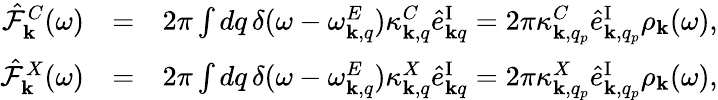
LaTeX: \begin{array}{rlr}{\hat{\mathcal{F}}_{{\mathbf k}}^{C}(\omega)}&{=}&{2\pi\int dq\, \delta(\omega-\omega_{{\mathbf k},q}^{E})\kappa_{{\mathbf k},q}^{C}\hat{e}_{{\mathbf k}q}^{\mathrm{I}}=2\pi\kappa_{{\mathbf k},q_{p}}^{C}\hat{e}_{{\mathbf k},q_{p}}^{\mathrm{I}}\rho_{{\mathbf k}}(\omega),}\\ {\hat{\mathcal{F}}_{{\mathbf k}}^{X}(\omega)}&{=}&{2\pi\int dq\, \delta(\omega-\omega_{{\mathbf k},q}^{E})\kappa_{{\mathbf k},q}^{X}\hat{e}_{{\mathbf k}q}^{\mathrm{I}}=2\pi\kappa_{{\mathbf k},q_{p}}^{X}\hat{e}_{{\mathbf k},q_{p}}^{\mathrm{I}}\rho_{{\mathbf k}}(\omega),}\end{array}